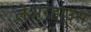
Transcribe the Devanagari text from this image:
लेअरहाउस